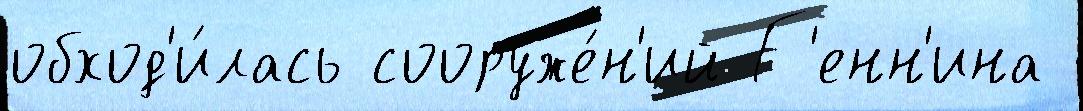
обход'и́лась сооруже́н'ий Г'енн'ина